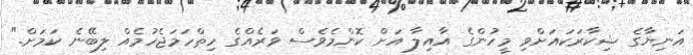
އަނިޔާގެ ޝިކާރަކައަށްވި މީހުންގެ އާއިލާ އަށް ކޮންމެވެސް ވަރެއްގެ ހިތްހަމަޖެހުމެއް ލިބޭނެ ކަމަށް."